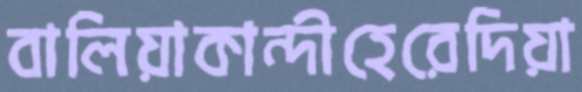
বালিয়াকান্দীহেরেদিয়া